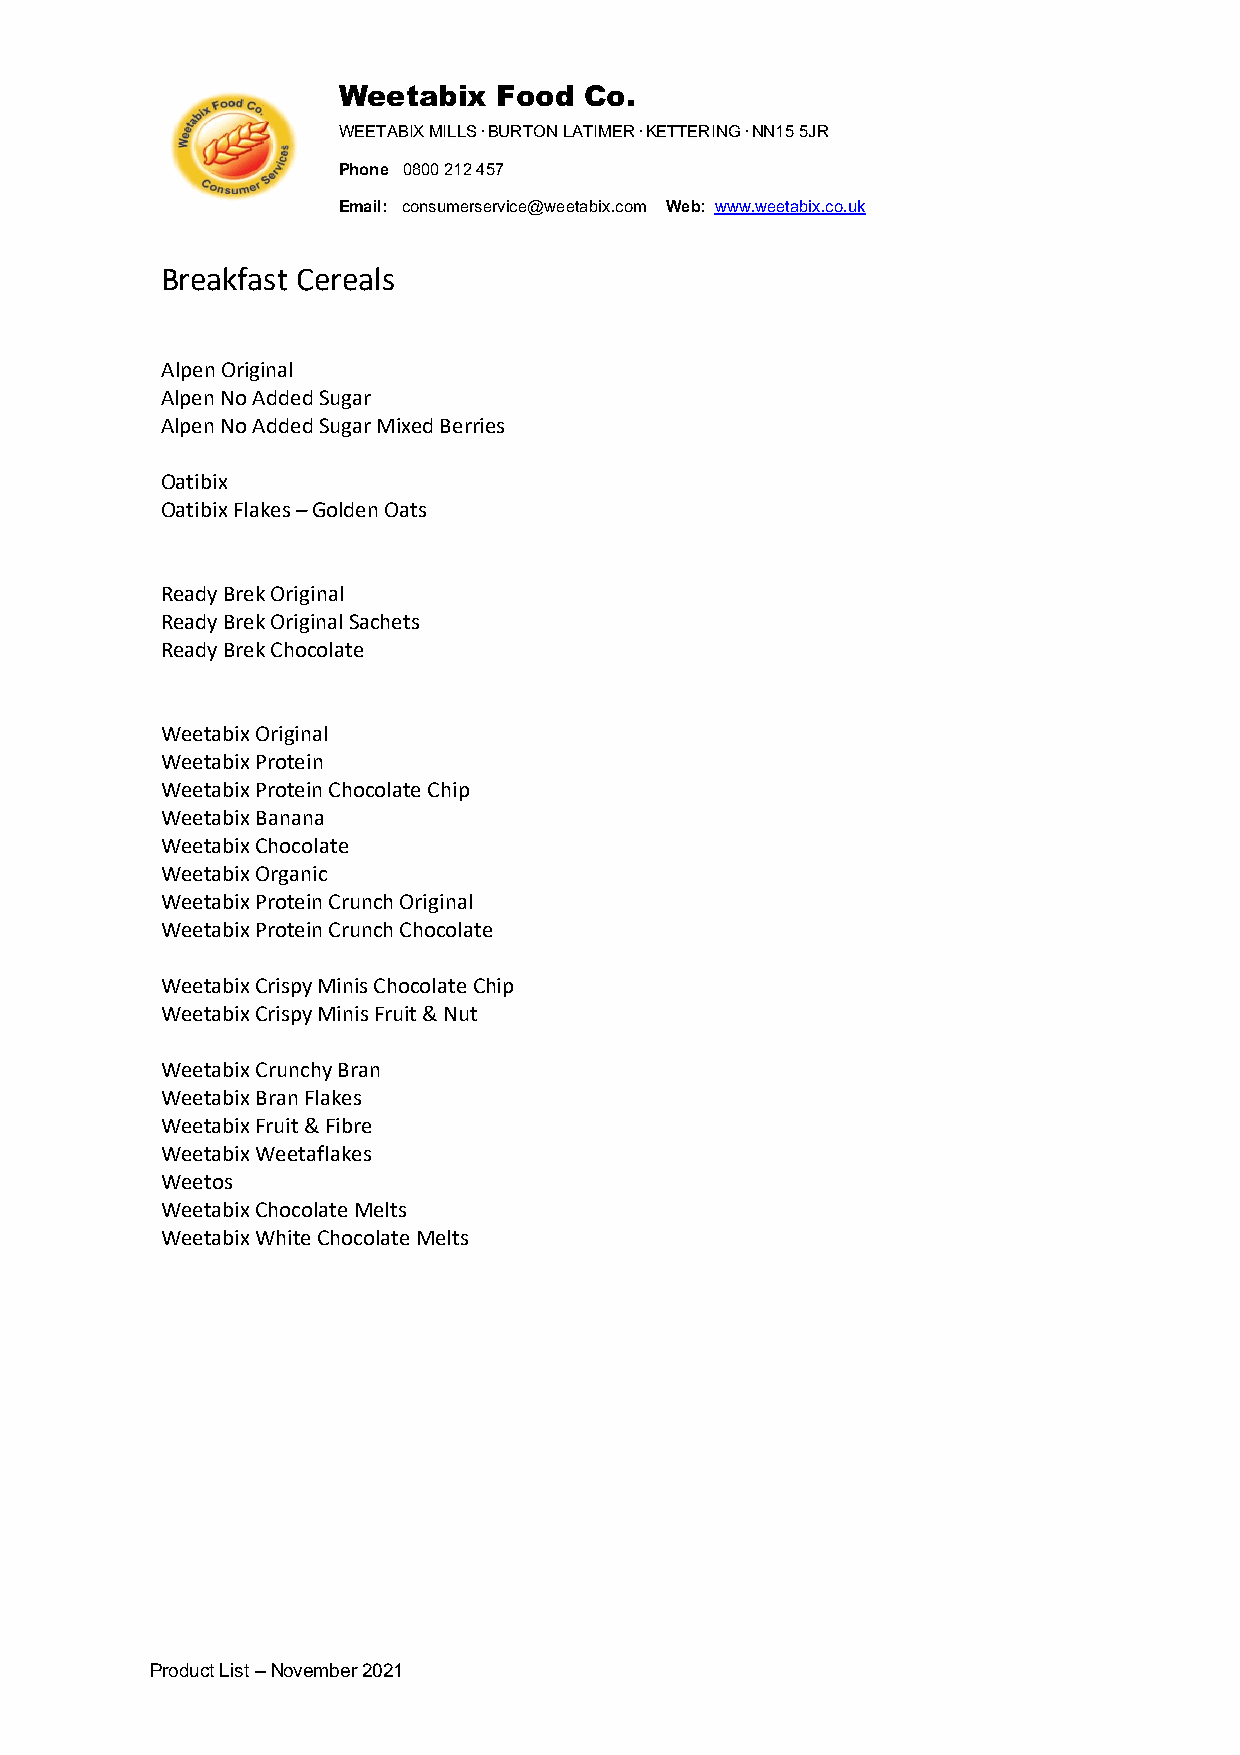
Weetabix   Food  Co.
 WEETABIX MILLS · BURTON LATIMER · KETTERING · NN15 5JR
 Phone 0800 212 457
 Email: consumerservice@weetabix.com Web: www.weetabix.co.uk
 Breakfast Cereals
 Alpen Original
 Alpen No Added Sugar
 Alpen No Added Sugar Mixed Berries
 Oatibix
 Oatibix Flakes – Golden Oats
 Ready Brek Original
 Ready Brek Original Sachets
 Ready Brek Chocolate
 Weetabix Original
 Weetabix Protein
 Weetabix Protein Chocolate Chip
 Weetabix Banana
 Weetabix Chocolate
 Weetabix Organic
 Weetabix Protein Crunch Original
 Weetabix Protein Crunch Chocolate
 Weetabix Crispy Minis Chocolate Chip
 Weetabix Crispy Minis Fruit & Nut
 Weetabix Crunchy Bran
 Weetabix Bran Flakes
 Weetabix Fruit & Fibre
 Weetabix Weetaflakes
 Weetos
 Weetabix Chocolate Melts
 Weetabix White Chocolate Melts
 Product List – November 2021